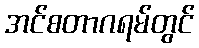
အင်စတာဂရမ်တွင်